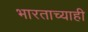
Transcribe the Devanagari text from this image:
भारताच्याही